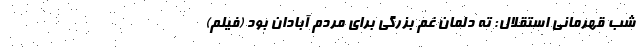
شب قهرمانی استقلال: ته دلمان غم بزرگی برای مردم آبادان بود (فیلم)